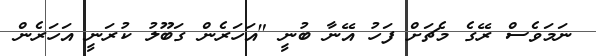
ނަމަވެސް ރޭގެ މެޗަށް ފަހު އޭނާ ބުނީ "އަހަރެން ގަބޫލު ކުރަނީ އަހަރެން